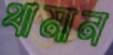
থামান